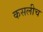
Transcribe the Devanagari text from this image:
कसलीच